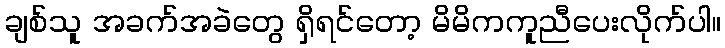
ချစ်သူ အခက်အခဲတွေ ရှိရင်တော့ မိမိကကူညီပေးလိုက်ပါ။